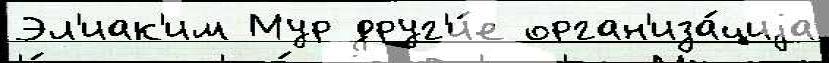
Эл'иак'им Мур друг'и́е орган'иза́циjа